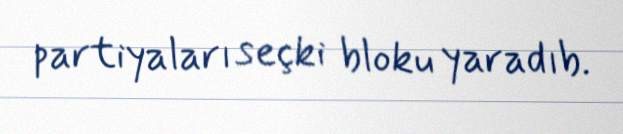
partiyaları seçki bloku yaradıb.